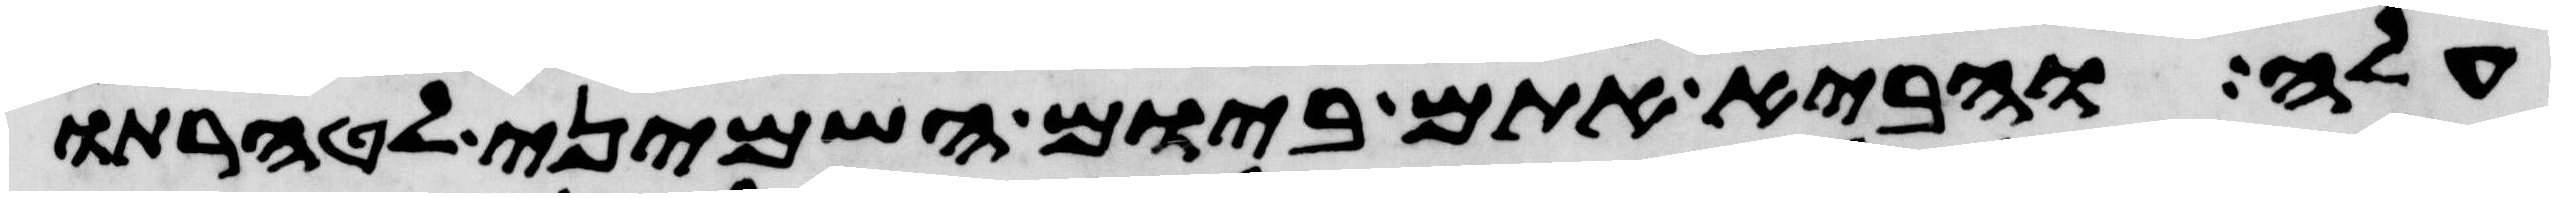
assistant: עלה והביא אתם ביום השמיני לטהרתו